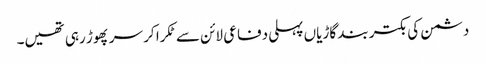
دشمن کی بکتر بند گاڑیاں پہلی دفاعی لائن سے ٹکرا کر سر پھوڑ رہی تھیں۔